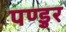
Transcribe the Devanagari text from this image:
पण्डुर